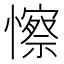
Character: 𢣼